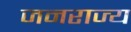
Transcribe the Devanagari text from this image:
जनराज्य